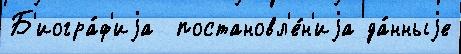
Б'иогра́ф'иjа  постановл'е́н'иjа да́нныjе